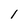
Character: 1